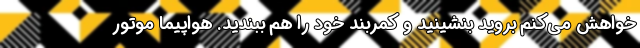
خواهش می‌کنم بروید بنشینید و کمربند خود را هم ببندید. هواپیما موتور